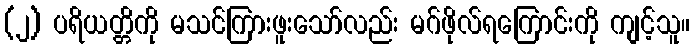
(၂) ပရိယတ္တိကို မသင်ကြားဖူးသော်လည်း မဂ်ဖိုလ်ရကြောင်းကို ကျင့်သူ။